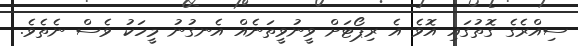
ސިއްރެގެ ގޮތުގައި އޮވެ އެ ރިޕޯޓަށް ވީނުވީތަނެއް އެނގުނު މީހަކު ވެސް ނެތެވެ.